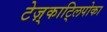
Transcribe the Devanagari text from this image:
टेज़्काट्लिपोका